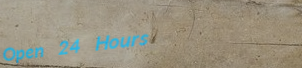
Open 24 Hours